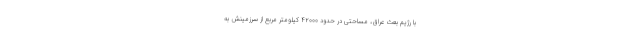
با رژیم بعث عراق، مساحتی در حدود ۴۲۰۰۰ کیلومتر مربع از سرزمینش به